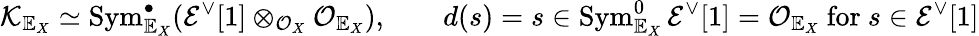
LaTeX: {\mathcal K}_{\mathbb{E}_{X}}\simeq\operatorname{Sym}_{\mathbb{E}_{X}}^{\bullet}({\mathcal E}^{\vee}[1]\otimes_{{\mathcal O}_{X}}{\mathcal O}_{\mathbb{E}_{X}}),\; \; \; \; \; \; \; d(s)=s\in\operatorname{Sym}_{\mathbb{E}_{X}}^{0}{\mathcal E}^{\vee}[1]={\mathcal O}_{\mathbb{E}_{X}}\mathrm{~for~}s\in{\mathcal E}^{\vee}[1]